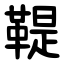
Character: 鞮